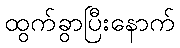
ထွက်ခွာပြီးနောက်